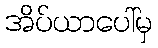
အိပ်ယာပေါ်မှ